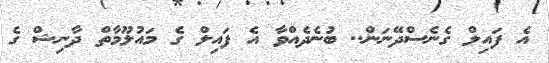
އެ ފައިލް ގެނެސްދޭނަން.. ބުނެދެއްވާ އެ ފައިލް ގެ މައުލޫމާތް ދާނިޝް ގެ